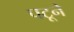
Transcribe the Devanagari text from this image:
पटूने